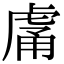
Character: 𧆿